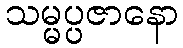
သမ္မပ္ပဇာနော